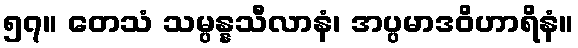
၅၇။ တေသံ သမ္ပန္နသီလာနံ၊ အပ္ပမာဒဝိဟာရိနံ။